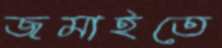
জমাইতে